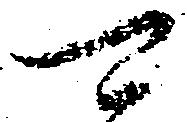
可